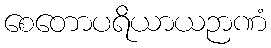
စေတောပရိယာယဉာဏံ